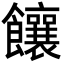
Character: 饟